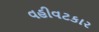
વહીવટકાર